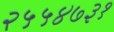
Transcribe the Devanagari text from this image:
२५५४७३१